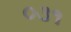
૦૩૧